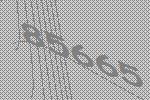
85665